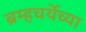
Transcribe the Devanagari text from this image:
ब्रम्हचर्येच्या